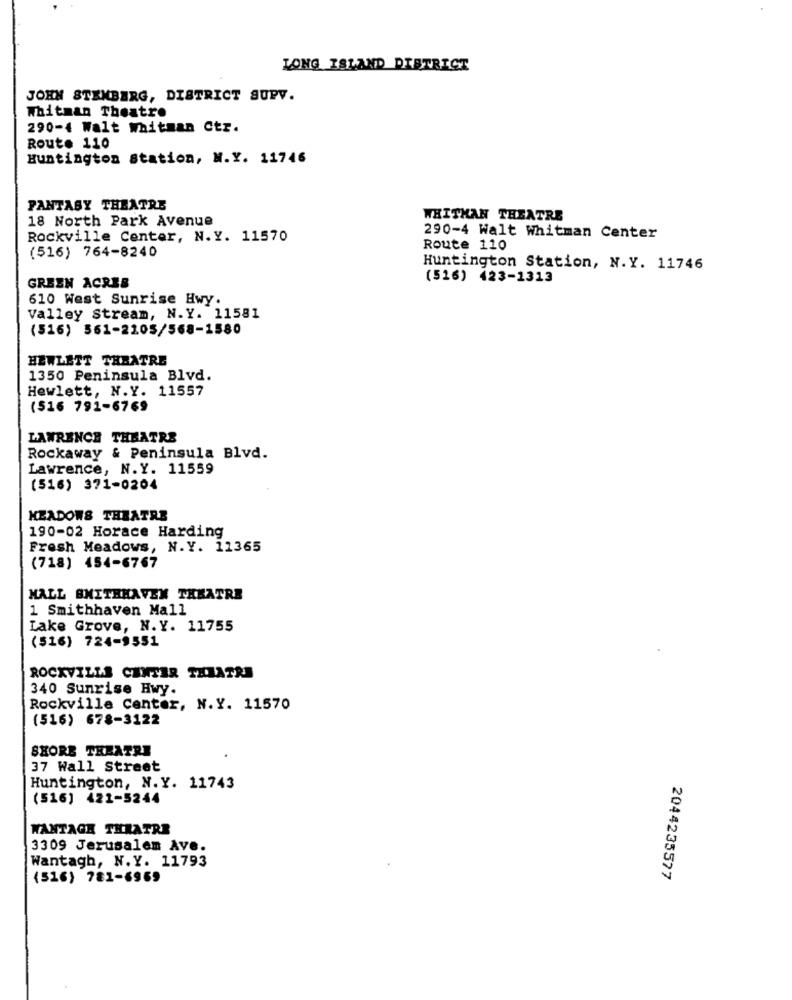
LONG ISLAND DISTRICT
JOHN STEMBERG, DISTRICT SUPV.
Whitman Theatre
290-4 Walt whitman Ctr.
Route 110
Huntington Station, N.Y. 11746
FANTASY THEATRE
18 North Park Avenue
WHITHAN THEATRE
Rockville Center, N.Y. 11570
290-4 Walt Whitman Center
(516) 764-8240
Route 110
Huntington Station, N.Y. 11746
(516) 423-1313
GREEN ACRES
610 West Sunrise Hwy.
Valley Stream, N.Y. 11581
(516) 561-2205/568-1580
HEWLETT THEATRE
1350 Peninsula Blvd.
Hewlett, N.Y. 11557
(516 791-6769
LAWRENCE THEATRE
Rockaway & Peninsula Blvd.
Lawrence, N.Y. 11559
(516) 371-0204
MEADOWS THEATRE
190-02 Horace Harding
Fresh Meadows, N.Y. 11365
(718) 454-6767
MALL SMITHHAVEN THEATRE
1 Smithhaven Mall
Lake Grove, N.Y. 11755
(516) 724-9551
ROCKVILLS CENTER THEATRE
340 Sunrise Hwy.
Rockville Center, N.Y. 11570
(516) 678-3122
SHORE THEATRE
37 Wall Street
Huntington, N.Y. 11743
(516) 421-5244
WANTAGH THEATRE
3309 Jerusalem Ave.
Wantagh, N.Y. 11793
(516) 781-6969
2044235577